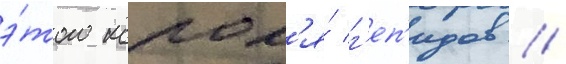
э́того корол'я́ г'еп'идов //